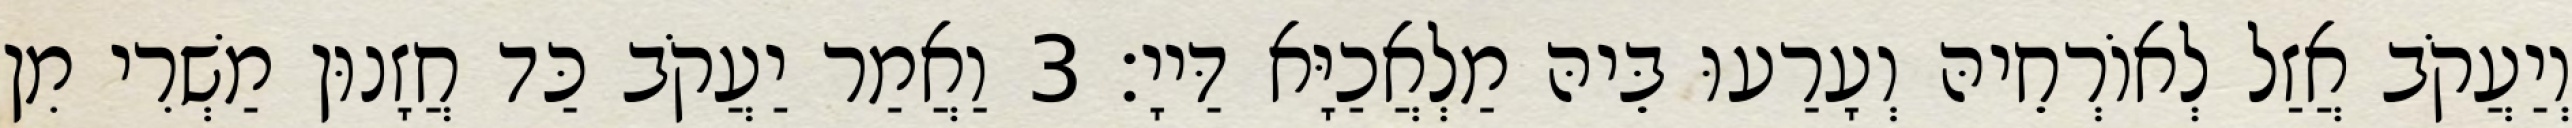
וְיַעֲקֹב אֲזַל לְאוֹרְחֵיהּ וְעָרַעוּ בֵּיהּ מַלְאֲכַיָּא דַּייָ׃ 3 וַאֲמַר יַעֲקֹב כַּד חֲזָנוּן מַשְׁרִי מִן